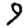
Digit: 9